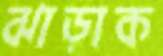
ঝাড়াক